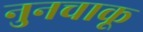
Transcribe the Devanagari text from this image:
नुनचाकू